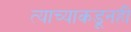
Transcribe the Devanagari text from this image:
त्याच्याकडूनही